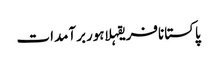
پاکستانافریقہلاہوربرآمدات